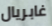
غابريال